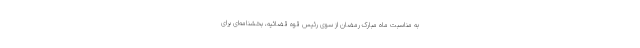
به مناسبت ماه مبارک رمضان از سوی رئیس قوه قضائیه، بخشنامه‌ای برای